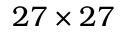
2 7 \times 2 7